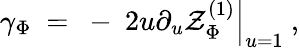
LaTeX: \gamma_{\Phi}~=~-~\left.2u\partial_{u}\mathcal{Z}_{\Phi}^{(1)}\right|_{u=1}~,